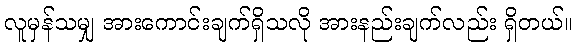
လူမှန်သမျှ အားကောင်းချက်ရှိသလို အားနည်းချက်လည်း ရှိတယ်။